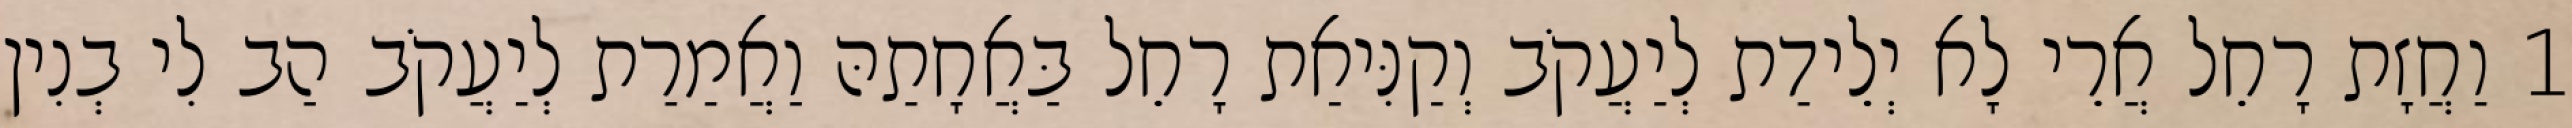
1 וַחֲזָת רָחֵל אֲרֵי לָא יְלֵידַת לְיַעֲקֹב וְקַנִּיאַת רָחֵל בַּאֲחָתַהּ וַאֲמַרַת לְיַעֲקֹב הַב לִי בְנִין